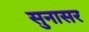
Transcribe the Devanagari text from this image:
सुनासर